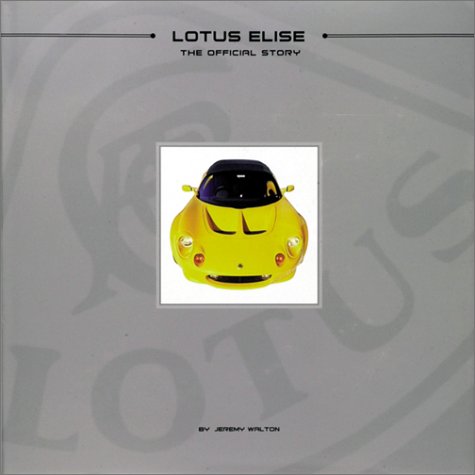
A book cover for Lotus Elise: The Official Story; Jeremy Walton; Engineering & Transportation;